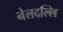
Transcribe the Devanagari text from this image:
नेलदल्लि